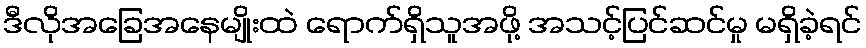
ဒီလိုအခြေအနေမျိုးထဲ ရောက်ရှိသူအဖို့ အသင့်ပြင်ဆင်မှု မရှိခဲ့ရင်